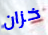
خزان